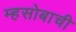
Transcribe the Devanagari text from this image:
म्हसोबाची